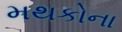
મથકોના